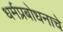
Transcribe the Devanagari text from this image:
धर्मप्रबोधनाचे